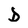
Character: D